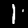
Label: 1